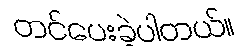
တင်ပေးခဲ့ပါတယ်။